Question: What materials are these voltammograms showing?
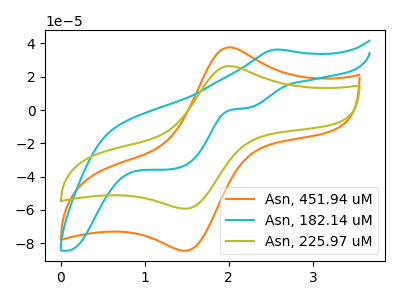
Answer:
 <answer>The orange curve is labeled "Asn, 451.94 uM". The cyan curve is labeled "Asn, 182.14 uM". The olive curve is labeled "Asn, 225.97 uM".</answer>
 <eval></eval>